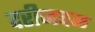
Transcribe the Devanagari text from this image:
दरीजवळ